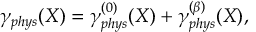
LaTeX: \gamma _ { p h y s } ( X ) = \gamma _ { p h y s } ^ { ( 0 ) } ( X ) + \gamma _ { p h y s } ^ { ( \beta ) } ( X ) ,